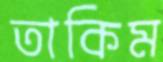
তাকিম